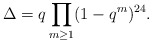
\begin{align*} \Delta = q\prod_{m\geq1}(1-q^m)^{24}.\end{align*}